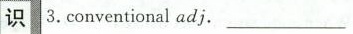
识3.Conventional adj.__________